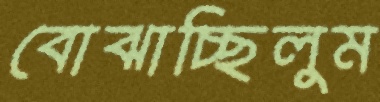
বোঝাচ্ছিলুম